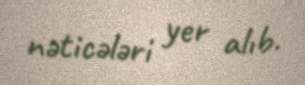
nəticələri yer alıb.